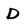
Character: D